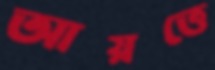
আয়ত্তে